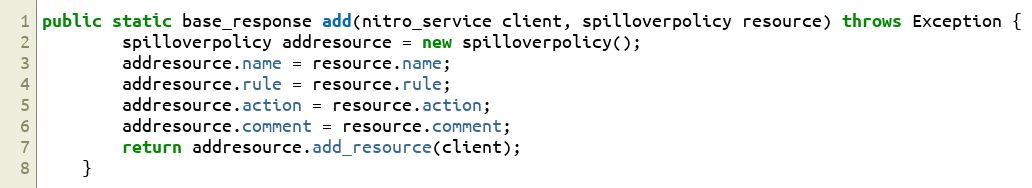
Language: Java
public static base_response add(nitro_service client, spilloverpolicy resource) throws Exception {
		spilloverpolicy addresource = new spilloverpolicy();
		addresource.name = resource.name;
		addresource.rule = resource.rule;
		addresource.action = resource.action;
		addresource.comment = resource.comment;
		return addresource.add_resource(client);
	}